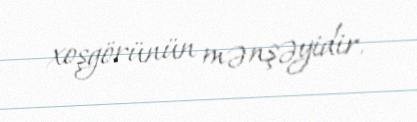
xoşgörünün mənşəyidir.